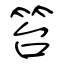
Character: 笞